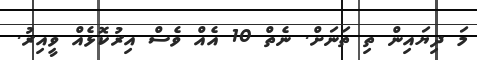
މަ ދިޔައިން ތި ތަނަށް. ނެތް 10 އެއް ވެސް އިރުކޮޅެއް ވީއިރު.